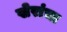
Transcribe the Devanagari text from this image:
खेरांचा